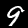
Digit: 9